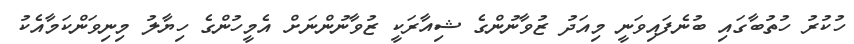
ހުކުރު ހުތުބާގައި ބުނެފައިވަނީ މިއަދު ޒުވާނުންގެ ޝިއާރަކީ ޒުވާނުންނަށް އެމީހުންގެ ހިޔާލު މިނިވަންކަމާއެކު